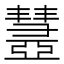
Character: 𢑹